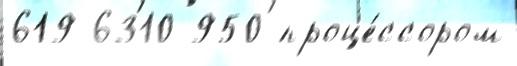
619 6310 950 проце́ссором